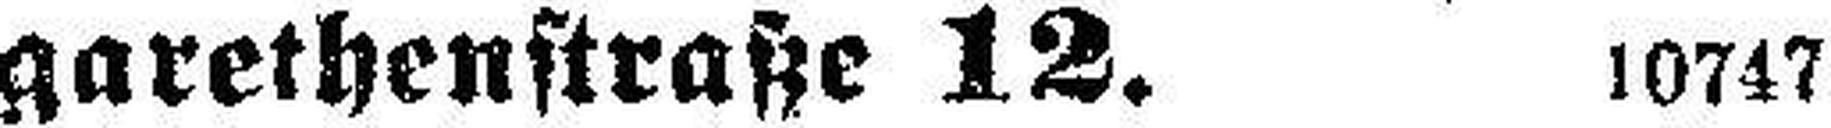
garethenstraße 12. 10747